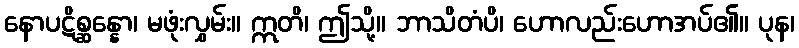
နောပဋိစ္ဆန္နော၊ မဖုံးလွှမ်း။ ဣတိ၊ ဤသို့။ ဘာသိတံပိ၊ ဟောလည်းဟောအပ်၏။ ပုန၊